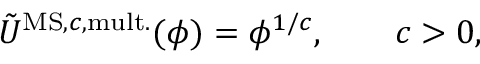
\tilde { U } ^ { \mathrm { M S , } c \mathrm { , m u l t . } } ( \phi ) = \phi ^ { 1 / c } , \qquad c > 0 ,